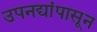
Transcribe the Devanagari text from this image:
उपनद्यांपासून